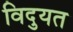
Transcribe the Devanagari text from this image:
विदुयत